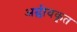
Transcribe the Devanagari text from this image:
अम्लीयकृत